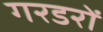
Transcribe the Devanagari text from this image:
गरडरों